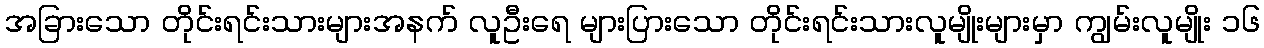
အခြားသော တိုင်းရင်းသားများအနက် လူဦးရေ များပြားသော တိုင်းရင်းသားလူမျိုးများမှာ ကျွမ်းလူမျိုး ၁၆